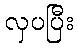
လှပပြီး